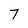
Character: 7